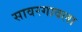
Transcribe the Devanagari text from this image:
सावरगावला